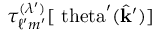
\tau _ { \ell ^ { \prime } m ^ { \prime } } ^ { ( \lambda ^ { \prime } ) } [ \mathrm { \ t h e t a } ^ { \prime } ( \hat { \mathbf { k } } ^ { \prime } ) ]